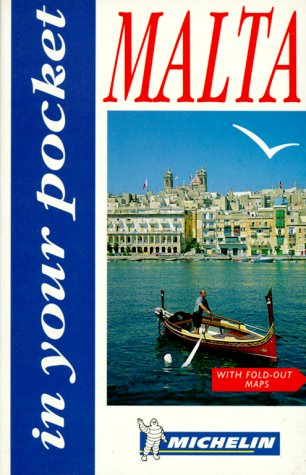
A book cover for Michelin In Your Pocket Malta, 1e (In Your Pocket); Michelin Travel Publications; Travel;